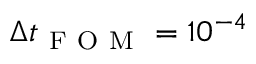
\Delta t _ { \mathrm { ~ F ~ O ~ M ~ } } = 1 0 ^ { - 4 }